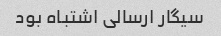
سیگار ارسالی اشتباه بود